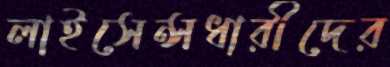
লাইসেন্সধারীদের